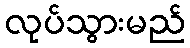
လုပ်သွားမည်